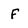
Character: F